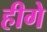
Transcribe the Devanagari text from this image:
हीगे